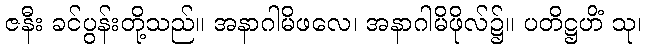
ဇနီး ခင်ပွန်းတို့သည်။ အနာဂါမိဖလေ၊ အနာဂါမိဖိုလ်၌။ ပတိဋ္ဌဟိံ သု၊